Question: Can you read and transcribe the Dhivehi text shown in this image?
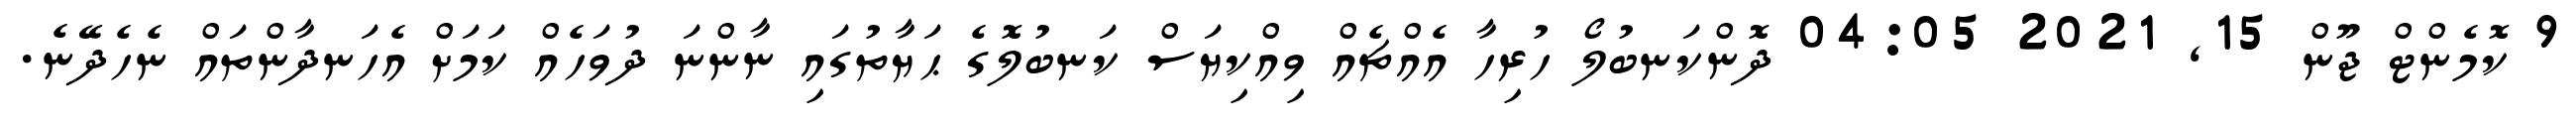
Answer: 9 ކޮމެންޓް ޖޫން 15, 2021 04:05 ދޮންކަނބުލޯ ހުރިހާ އެއްޗެއް ވިއްކިޔަސް ކަނބުލޮގެ ޙަޔާތުގައި ނާންނަ ދުވަހެއް ކަމަށް އެހަނދާންތައް ނެހެދޭނެ.